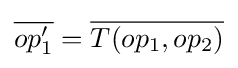
{\overline {op_{1}'}}={\overline {T(op_{1},op_{2})}}